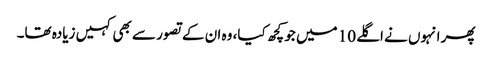
پھر انہوں نے اگلے 10 میں جو کچھ کیا، وہ ان کے تصور سے بھی کہیں زیادہ تھا۔